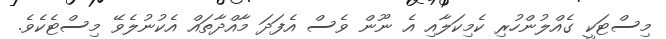
މިސްޓަކީ ގެއްލުންހުރި ކެމިކަލާއި އެ ނޫން ވެސް އެފަދަ މާއްދާތައް އެކުނުލެވޭ މިސްޓެކެވެ.